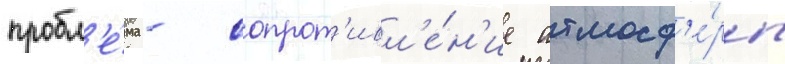
пробл'е́ма - сопрот'ивл'е́н'ие атмосф'е́ры